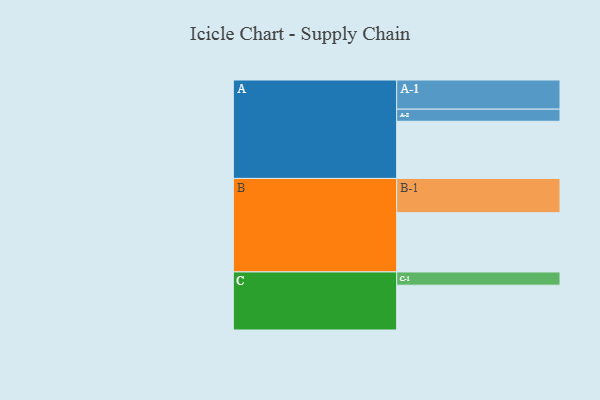
{"axis": {"x": "Segment", "y": "Value"}, "legend": ["", "A", "B", "C"], "data": [{"x": "A", "y": 453, "type": ""}, {"x": "B", "y": 470, "type": ""}, {"x": "C", "y": 355, "type": ""}, {"x": "A-1", "y": 231, "type": "A"}, {"x": "A-2", "y": 96, "type": "A"}, {"x": "B-1", "y": 271, "type": "B"}, {"x": "C-1", "y": 105, "type": "C"}]}